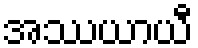
အဿယာယီ